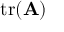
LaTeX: \operatorname { t r } ( \mathbf { A } )